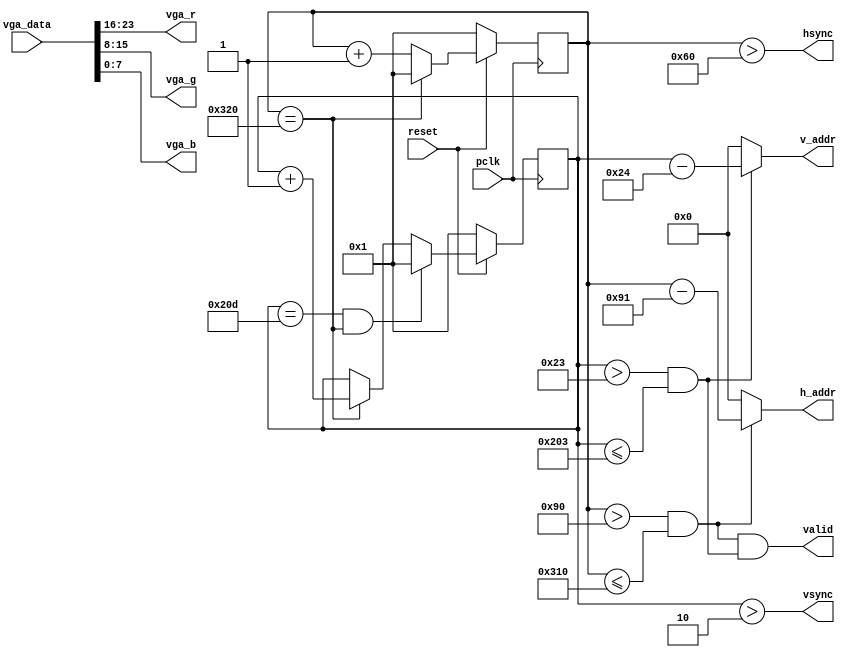
module vga_ctrl(
	input pclk,
	input reset,
	input [23:0] vga_data,
	output [9:0] h_addr,
	output [9:0] v_addr,
	output hsync,
	output vsync,
	output valid,
	output [7:0] vga_r,
	output [7:0] vga_g,
	output [7:0] vga_b
);

parameter h_frontporch = 96;
parameter h_active = 144;
parameter h_backporch = 784;
parameter h_total = 800;

parameter v_frontporch = 2;
parameter v_active = 35;
parameter v_backporch = 515;
parameter v_total = 525;

reg [9:0] x_cnt;
reg [9:0] y_cnt;
wire h_valid;
wire v_valid;

always @(posedge pclk) 
	if (reset == 1'b0)
		x_cnt <= 1;
	else
		begin
		if (x_cnt == h_total)
			x_cnt <= 1;
		else
			x_cnt <= x_cnt + 10'd1;
		end

always @(posedge pclk)
	if (reset == 1'b0)
		y_cnt <= 1;
	else
		begin
		if (y_cnt == v_total & x_cnt == h_total)
			y_cnt <= 1;
		else if (x_cnt == h_total)
			y_cnt <= y_cnt + 10'd1;
		end
		
assign hsync = (x_cnt > h_frontporch);
assign vsync = (y_cnt > v_frontporch);

assign h_valid = (x_cnt > h_active) & (x_cnt <= h_backporch);
assign v_valid = (y_cnt > v_active) & (y_cnt <= v_backporch);
assign valid = h_valid & v_valid;

assign h_addr = h_valid ? (x_cnt - 10'd145) : {10{1'b0}};
assign v_addr = v_valid ? (y_cnt - 10'd36) : {10{1'b0}};

assign vga_r = vga_data[23:16];
assign vga_g = vga_data[15:8];
assign vga_b = vga_data[7:0];

endmodule